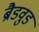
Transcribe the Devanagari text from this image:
ब्रैडवुड